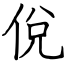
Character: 侻